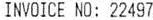
INVOICE NO: 22497